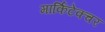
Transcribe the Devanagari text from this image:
मार्किटेक्चर